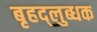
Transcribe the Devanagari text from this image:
बृहद्‌लुब्धक